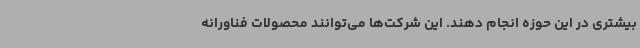
بیشتری در این حوزه انجام دهند. این شرکت‌ها می‌توانند محصولات فناورانه